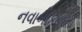
નવાબીકાળનો